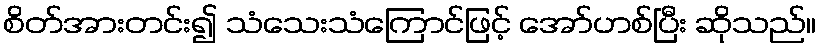
စိတ်အားတင်း၍ သံသေးသံကြောင်ဖြင့် အော်ဟစ်ပြီး ဆိုသည်။